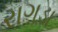
રાગડા